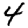
Digit: 4